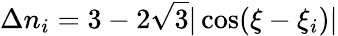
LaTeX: \Delta n_{i}=3-2\sqrt{3}|\cos(\xi-\xi_{i})|